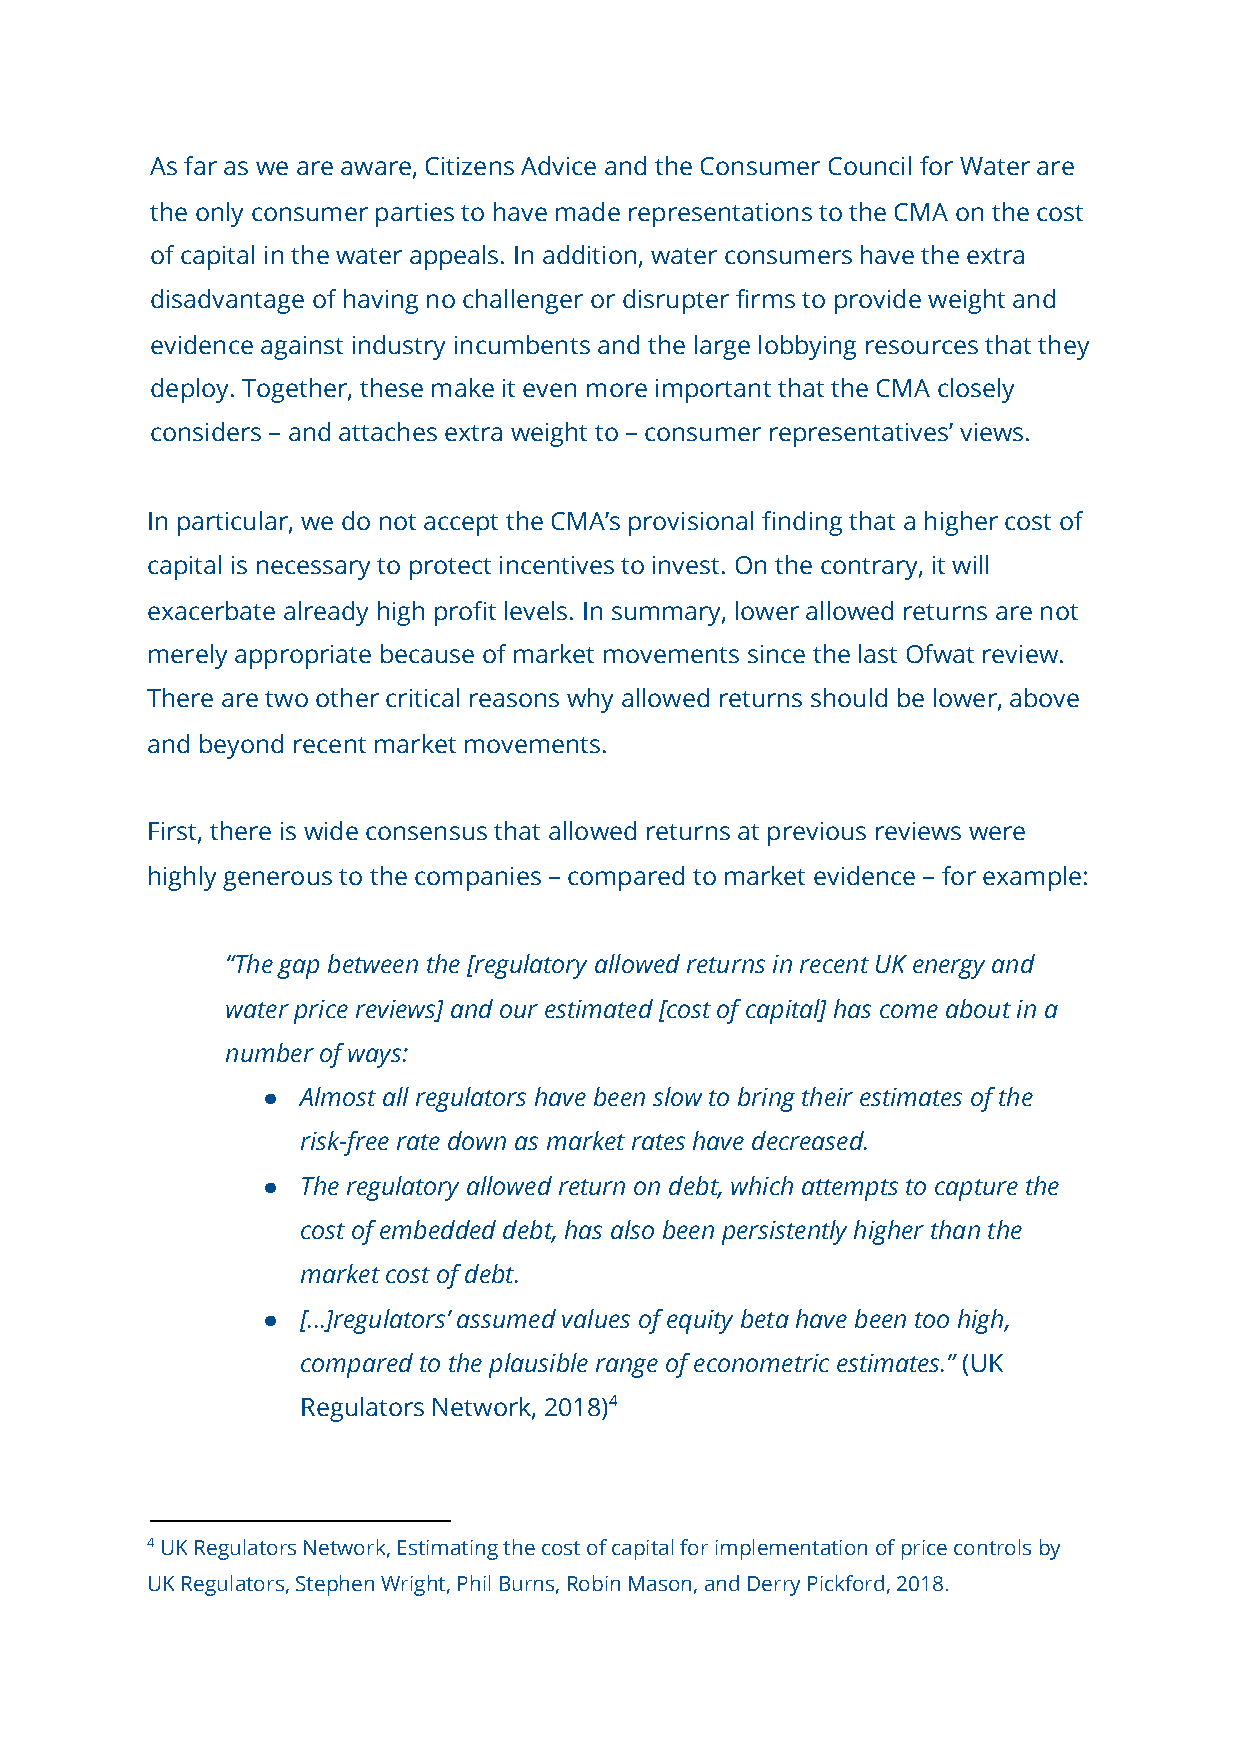
As far as we are aware, Citizens Advice and the Consumer Council for Water are
 the only consumer parties to have made representations to the CMA on the cost
 of capital in the water appeals. In addition, water consumers have the extra
 disadvantage of having no challenger or disrupter firms to provide weight and
 evidence against industry incumbents and the large lobbying resources that they
 deploy. Together, these make it even more important that the CMA closely
 considers – and attaches extra weight to – consumer representatives’ views.
 In particular, we do not accept the CMA’s provisional finding that a higher cost of
 capital is necessary to protect incentives to invest. On the contrary, it will
 exacerbate already high profit levels. In summary, lower allowed returns are not
 merely appropriate because of market movements since the last Ofwat review.
 There are two other critical reasons why allowed returns should be lower, above
 and beyond recent market movements.
 First, there is wide consensus that allowed returns at previous reviews were
 highly generous to the companies – compared to market evidence – for example:
 “The gap between the [regulatory allowed returns in recent UK energy and
 water price reviews] and our estimated [cost of capital] has come about in a
 number of ways:
 ●  Almost all regulators have been slow to bring their estimates of the
 risk-free rate down as market rates have decreased.
 ●  The regulatory allowed return on debt, which attempts to capture the
 cost of embedded debt, has also been persistently higher than the
 market cost of debt.
 ●  [...]regulators’ assumed values of equity beta have been too high,
 compared to the plausible range of econometric estimates.” (​ UK
 Regulators Network, 2018)4​
 4 UK Regulators Network, Estimating the cost of capital for implementation of price controls by
 UK Regulators, Stephen Wright, Phil Burns, Robin Mason, and Derry Pickford, 2018.